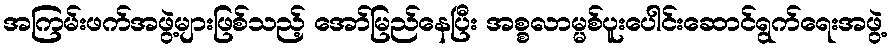
အကြမ်းဖက်အဖွဲ့များဖြစ်သည့် အော်မြည်နေပြီး အစ္စလာမ္မစ်ပူးပေါင်းဆောင်ရွက်ရေးအဖွဲ့